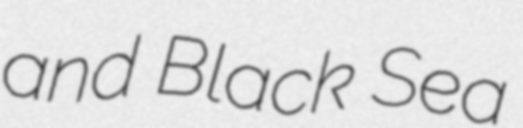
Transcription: and Black Sea